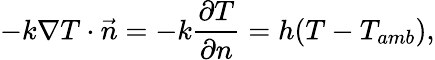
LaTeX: -k\nabla T\cdot\vec{n}=-k\frac{\partial T}{\partial n}=h(T-T_{amb}),